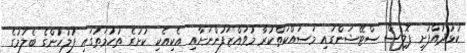
ކުޅުދުއްފުށީ ޕޮލިސް ސްޓޭޝަންގައި މަސައްކަތްކުރާ މުވައްޒަފުންނަށާއި އެކިއެކި ކުށުގެ ތުހުމަތުގައި ފުލުހުުންގެ ބެލުމުގެ